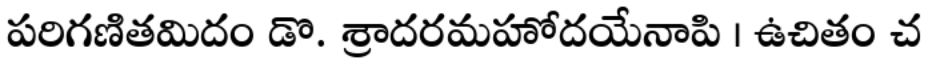
పరిగణితమిదం డొ. శ్రాదరమహోదయేనాపి । ఉచితం చ